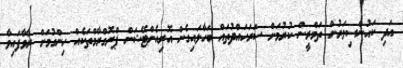
އަދި ކައުންސިލަރުން ތަމްރީން ކުރުމަށް ސަރަހައްދުތައް ބަހާލައިގެން އޮރިއެންޓޭޝަން ޕްރޮގްރާމްތަކެއް ހިންގުމަށް ރާވާފައިވާ